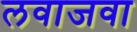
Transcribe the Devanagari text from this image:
लवाजवा